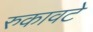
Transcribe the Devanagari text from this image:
रुकावटे